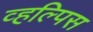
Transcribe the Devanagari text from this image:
व्हल्पिस